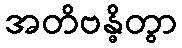
အတိဗန္ဓိတွာ